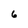
Character: 6